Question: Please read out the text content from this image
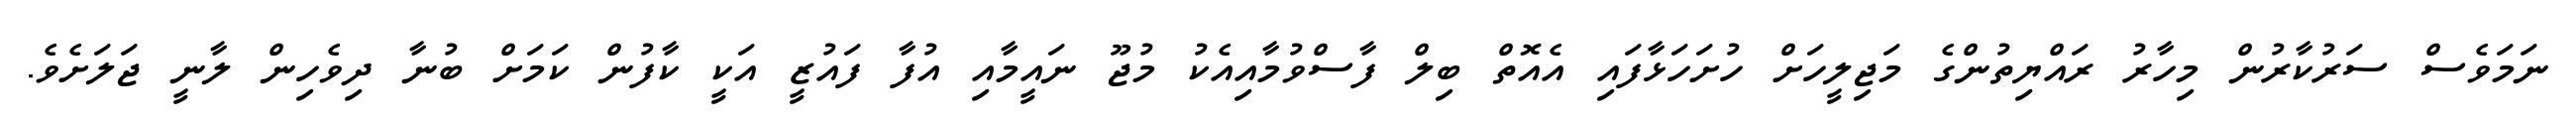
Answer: ނަމަވެސް ސަރުކާރުން މިހާރު ރައްޔިތުންގެ މަޖިލީހަށް ހުށަހަޅާފައި އެއޮތް ބިލް ފާސްވުމާއިއެކު މުޖޫ ނައީމާއި އުފާ ފައުޒީ އަކީ ކާފުން ކަމަށް ބުނާ ދިވެހިން ލާނީ ޖަލަށެވެ.